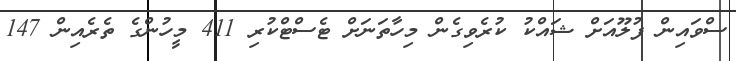
ސްވައިން ފުލޫއަށް ޝައްކު ކުރެވިގެން މިހާތަނަށް ޓެސްޓްކުރި 411 މީހުންގެ ތެރެއިން 147